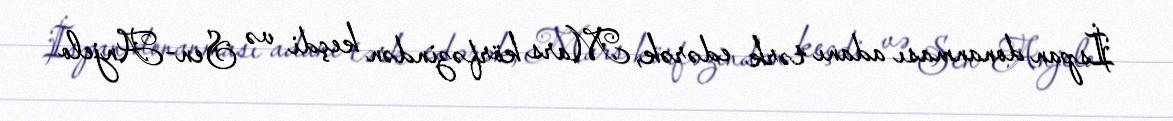
İspan donanması adanı tərk edərək, Mars körfəzindən keçdi və Sen-Anjelo